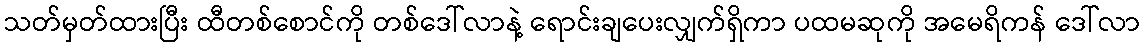
သတ်မှတ်ထားပြီး ထီတစ်စောင်ကို တစ်ဒေါ်လာနဲ့ ရောင်းချပေးလျှက်ရှိကာ ပထမဆုကို အမေရိကန် ဒေါ်လာ